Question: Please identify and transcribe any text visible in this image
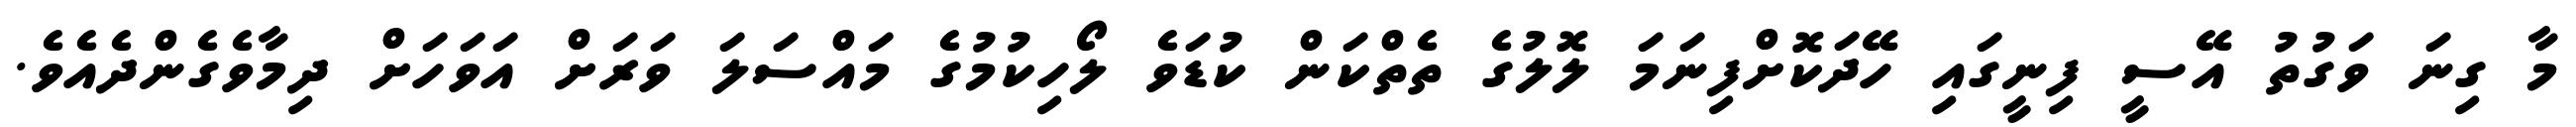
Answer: މާ ގިނަ ވަގުތު އޭސީ ފިނީގައި ހޭދަކޮށްފިނަމަ ލޮލުގެ ތެތްކަން ކުޑަވެ ލޯހިކުމުގެ މައްސަލަ ވަރަށް އަވަހަށް ދިމާވެގެންދެއެވެ.